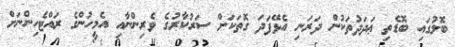
ބޮލުގައި ބޮޑެތި ޢަދަދުތަކުން ދަރަނި އެޅޭފަދަ ގޮތަކަށް ސަރުކާރުގެ ވެރިންނާއި އެމީހުންގެ ރައްޓެހިންނަށް